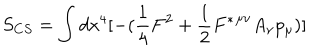
S _ { C S } = \int { d x ^ { 4 } [ - ( \frac { 1 } { 4 } F ^ { 2 } + \frac { 1 } { 2 } { F ^ { * } } ^ { { \mu } { \nu } } A _ { { \nu } } p _ { \mu } ) ] }